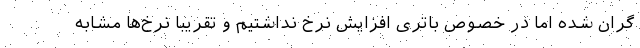
گران شده اما در خصوص باتری افزایش نرخ نداشتیم و تقریبا نرخ‌ها مشابه